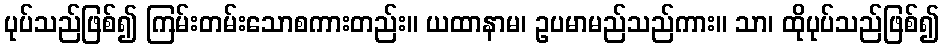
ပုပ်သည်ဖြစ်၍ ကြမ်းတမ်းသောစကားတည်း။ ယထာနာမ၊ ဥပမာမည်သည်ကား။ သာ၊ ထိုပုပ်သည်ဖြစ်၍